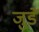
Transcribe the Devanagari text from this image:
जुडें